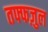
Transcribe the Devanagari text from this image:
तफ्फज़ुल